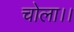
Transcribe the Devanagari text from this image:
चोला।।